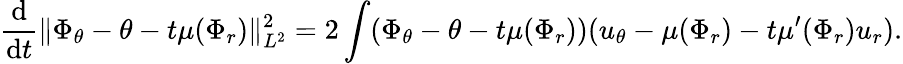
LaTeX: \frac{\mathrm{d}}{\mathrm{d}t}\| \Phi_{\theta}-\theta-t\mu(\Phi_{r})\| _{L^{2}}^{2}=2\int(\Phi_{\theta}-\theta-t\mu(\Phi_{r}))(u_{\theta}-\mu(\Phi_{r})-t\mu^{\prime}(\Phi_{r})u_{r}).